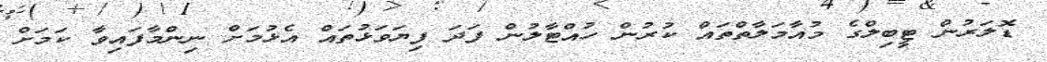
ޑޮލަރުން ޓީބިލްގެ މުއާމަލާތްތައް ކުރުން ހުއްޓާލުން ފަދަ ފިޔަވަޅުތައް އެޅުމަށް ނިންމާފައިވާ ކަމަށް